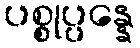
ပစ္စုပ္ပန္နေ